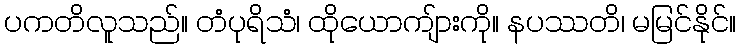
ပကတိလူသည်။ တံပုရိသံ၊ ထိုယောကျ်ားကို။ နပဿတိ၊ မမြင်နိုင်။